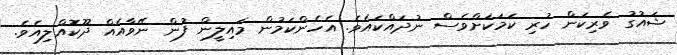
ޝައުގު ވެރިކަން ހުރި ކަމަކަށްވެސް ނުދައްކައެވެ. އެހެންކަމުން މައިލީން ފުން ނޭވާއެއް ދޫކޮއްލިއެވެ.